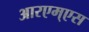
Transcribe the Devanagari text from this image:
आरएम्एस